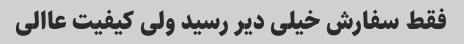
فقط سفارش خیلی دیر رسید ولی کیفیت عاالی